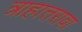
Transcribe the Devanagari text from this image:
त्राहात्तरावा